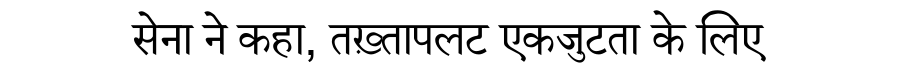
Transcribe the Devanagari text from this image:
सेना ने कहा, तख़्तापलट एकजुटता के लिए